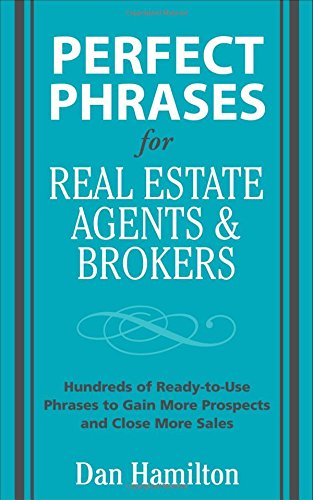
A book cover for Perfect Phrases for Real Estate Agents & Brokers (Perfect Phrases Series); Dan Hamilton; Business & Money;